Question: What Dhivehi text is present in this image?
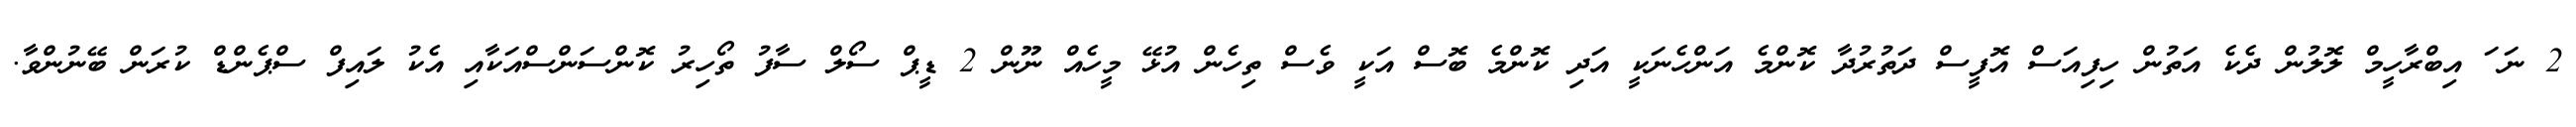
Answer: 2 ނަ ަ އިބްރާހީމް ލޮލުން ދެކެ އަތުން ހިފިއަސް އޮފީސް ދަތުރުދާ ކޮންމެ އަންހެނަކީ އަދި ކޮންމެ ބޮސް އަކީ ވެސް ތިހެން އުޅޭ މީހެއް ނޫން 2 ޑީޕް ސޯލް ސާފު ތޯހިރު ކޮންސަންސްއަކާއި އެކު ލައިފް ސްޕެންޑް ކުރަން ބޭނުންވާ.